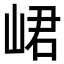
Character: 峮